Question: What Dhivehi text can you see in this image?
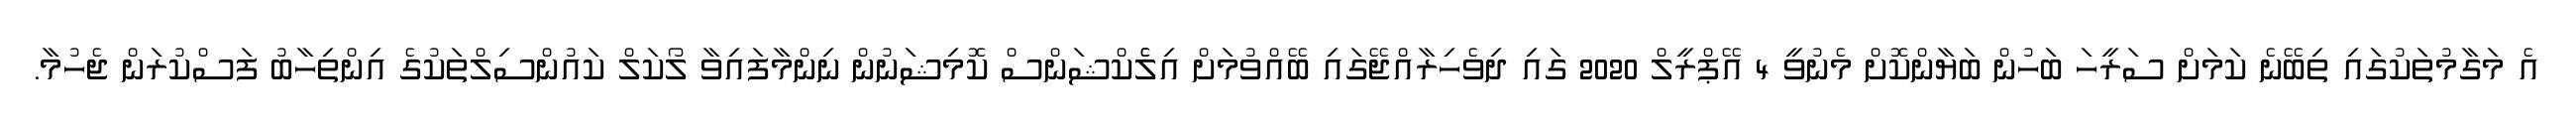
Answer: އެ މަގާމުތަކުގައި ތިބޭނެ ކަމަށް ސަރީހަ ބަހުން ބަޔާންކޮށް މެނުވީ 4 އޭޕްރީލް 2020 ގައި ދިވެހިރާއްޖޭގައި ބޭއްވުމަށް އިލެެކްޝަންސް ކޮމިޝަނުން ނިންމާފައިވާ ލޯކަލް ކައުންސިލްތަކުގެ އިންތިހާބު ފަސްކުރަން ޖެހުމާ.